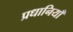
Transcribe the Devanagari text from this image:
प्रधानियाँ